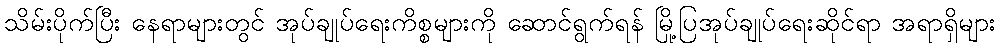
သိမ်းပိုက်ပြီး နေရာများတွင် အုပ်ချုပ်ရေးကိစ္စများကို ဆောင်ရွက်ရန် မြို့ပြအုပ်ချုပ်ရေးဆိုင်ရာ အရာရှိများ